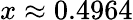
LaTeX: \textstyle x\approx 0.4964